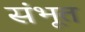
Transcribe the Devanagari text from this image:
संभूत